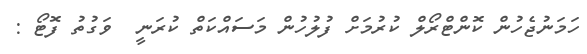
ހަމަނުޖެހުން ކޮންޓްރޯލް ކުރުމަށް ފުލުހުން މަސައްކަތް ކުރަނީ  ވަގުތު ފޮޓޯ :